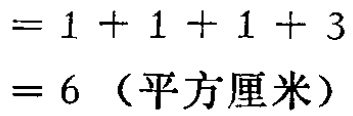
$=1 + 1 + 1 + 3\\

= 6 \text{（平方厘米）}$